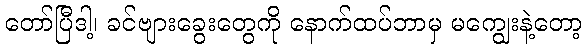
တော်ပြီဒါ့၊ ခင်ဗျားခွေးတွေကို နောက်ထပ်ဘာမှ မကျွေးနဲ့တော့